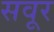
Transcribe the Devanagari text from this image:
सवूर